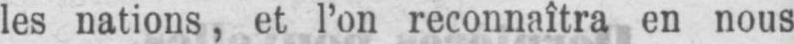
les nations, et l’on reconnaîtra en nous